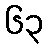
၆၃